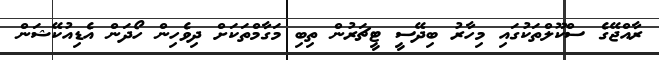
ރާއްޖޭގެ ސްކޫލްތަކުގައި މިހާރު ބިދޭސީ ޓީޗަރުން ތިބި މަގާމްތަކަށް ދިވެހިން ހޯދަން އެޑިއުކޭޝަން